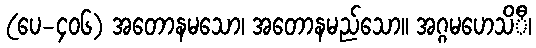
(ပေ-၄၀၆) အတောနမသော၊ အတောနမည်သော။ အဂ္ဂမဟေသိီ၊